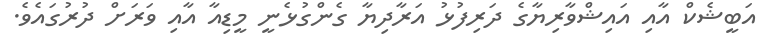
އަބީޝެކް އާއި އައިޝްވާރިޔާގެ ދަރިފުޅު އަރާދިޔާ ގެންގުޅެނީ މީޑިއާ އާއި ވަރަށް ދުރުގައެވެ.